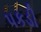
પકડી